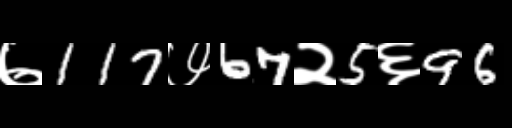
Text: ७117७67२5६96